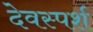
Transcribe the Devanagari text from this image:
देवस्पर्श